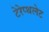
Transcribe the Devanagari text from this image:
टेरेप्थलेट